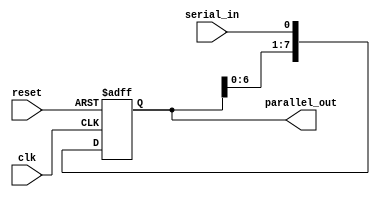
module serial_in_parallel_out(
    input wire clk,       // Clock input
    input wire reset,     // Reset input
    input wire serial_in, // Serial data input
    output reg [7:0] parallel_out // Parallel data output
);

reg [7:0] shift_reg; // Shift register for storing data

always @(posedge clk or posedge reset) begin
    if (reset) begin
        shift_reg <= 8'b0; // Reset shift register
    end else begin
        shift_reg <= {shift_reg[6:0], serial_in}; // Shift data through the register
    end
end

assign parallel_out = shift_reg; // Output data in parallel

endmodule